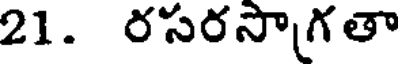
21. రసరసాగతా